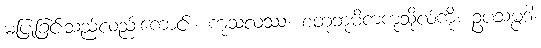
မပြုခြင်းသည်လည်းကောင်း။ ကုသလဿ၊ စတုဘူမိကကုသိုလ်ကို။ ဥပသမ္ပဒါ၊